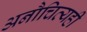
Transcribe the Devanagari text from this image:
अनौचित्यही